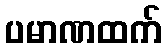
ပမာဏထက်